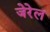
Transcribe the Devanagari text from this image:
जेरेल